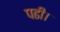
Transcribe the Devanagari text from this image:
पढी।